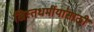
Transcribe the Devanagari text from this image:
ख्रिस्तधर्मीयांसाठी